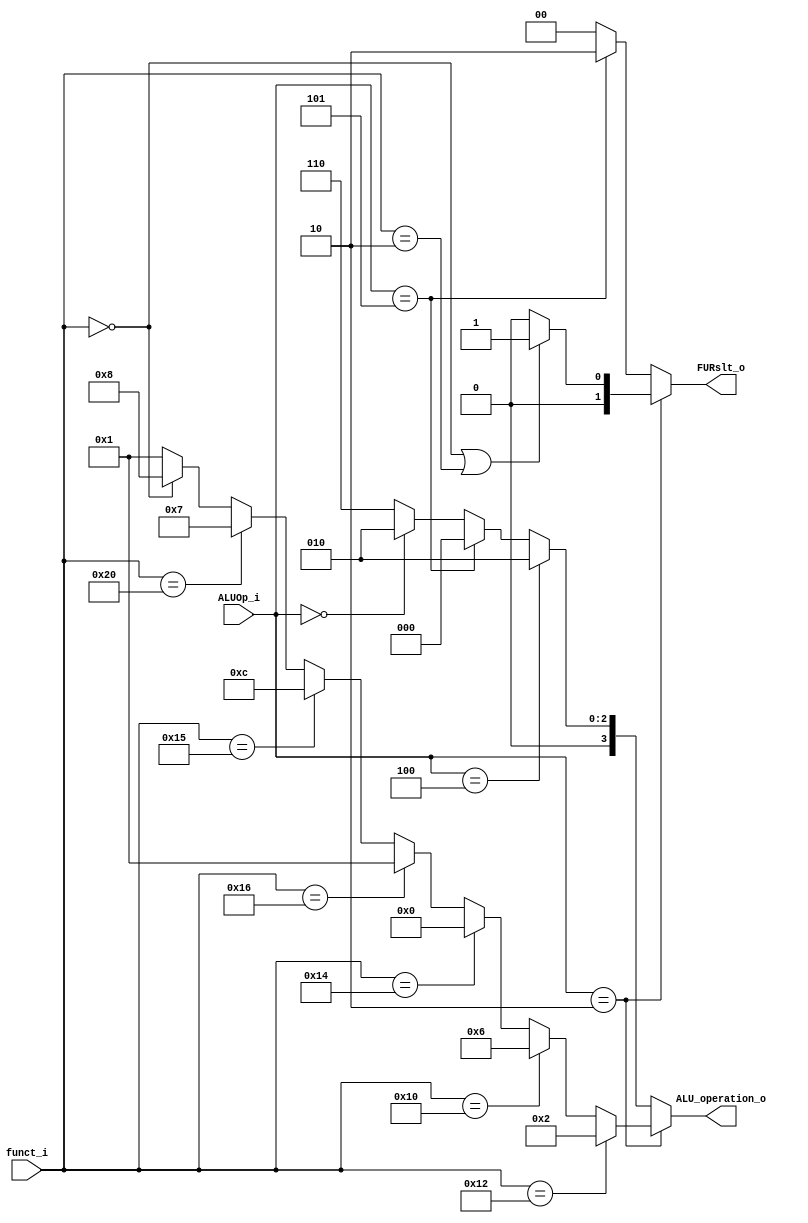
module ALU_Ctrl( funct_i, ALUOp_i, ALU_operation_o, FURslt_o);

//I/O ports 
input      [6-1:0] funct_i;
input      [3-1:0] ALUOp_i;

output     [4-1:0] ALU_operation_o;  
output     [2-1:0] FURslt_o;
     
//Internal Signals
wire		[4-1:0] ALU_operation_o;
wire		[2-1:0] FURslt_o;

//Main function
/*your code here*/
	assign ALU_operation_o=(ALUOp_i==3'b010)?((funct_i==18)?4'b0010:
															((funct_i==16)?4'b0110:
															((funct_i==20)?4'b0000:
															((funct_i==22)?4'b0001:
															((funct_i==21)?4'b1100:
															((funct_i==32)?4'b0111:
															((funct_i==0)?4'b1000:4'b0001))))))): //*****
									((ALUOp_i==3'b100)?4'b0010:(ALUOp_i==3'b101)?4'b0000:
									(ALUOp_i==3'b000)?4'b0010:4'b0110);
	assign FURslt_o=(ALUOp_i==3'b010)?((funct_i==0||funct_i==2)?2'b01:2'b00):
							((ALUOp_i==3'b101)?2'b10:2'b00);
							

endmodule